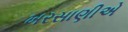
ખરસાણીએ